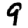
Digit: 9